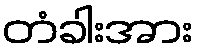
တံခါးအား